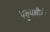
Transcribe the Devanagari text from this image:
पशुपक्षीही